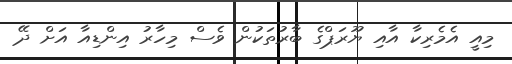
މިއީ އެމެރިކާ އާއި ޔޫރަޕްގެ ބާރުތަކުން ވެސް މިހާރު އިންޑިއާ އަށް ދޭ